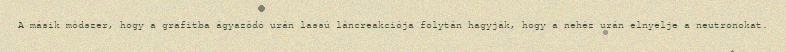
A másik módszer, hogy a grafitba ágyazódó urán lassú láncreakciója folytán hagyják, hogy a nehéz urán elnyelje a neutronokat.